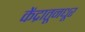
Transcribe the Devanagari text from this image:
केंद्रातूनधूर